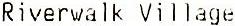
RIVERWALK VILLAGE